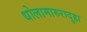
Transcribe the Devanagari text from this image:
धोलामारुरादुहा